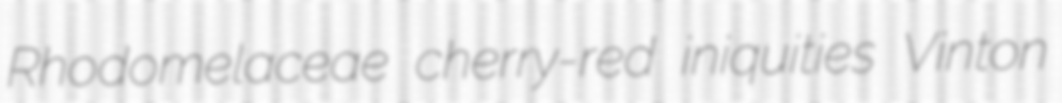
Rhodomelaceae cherry-red iniquities Vinton